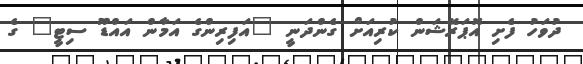
ދުވަހު ފެށި އޮޕަރޭޝަން ކުރިއަށް ގެންދަނީ "އަފިރިންގެ އަމާން އައްޑޫ ސިޓީ" ގެ